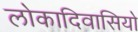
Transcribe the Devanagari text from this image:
लोकादिवासियो